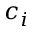
c _ { i }